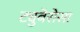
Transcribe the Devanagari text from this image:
ट्युबेरोसा